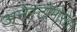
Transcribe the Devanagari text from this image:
अनेस्टोमोसेस